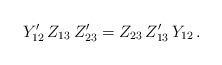
LaTeX: \begin{align*}Y'_{12}\,Z_{13}\,Z'_{23}=Z_{23}\,Z'_{13}\,Y_{12}\,. \end{align*}